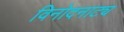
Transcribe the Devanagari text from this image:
विनोदनाट्य